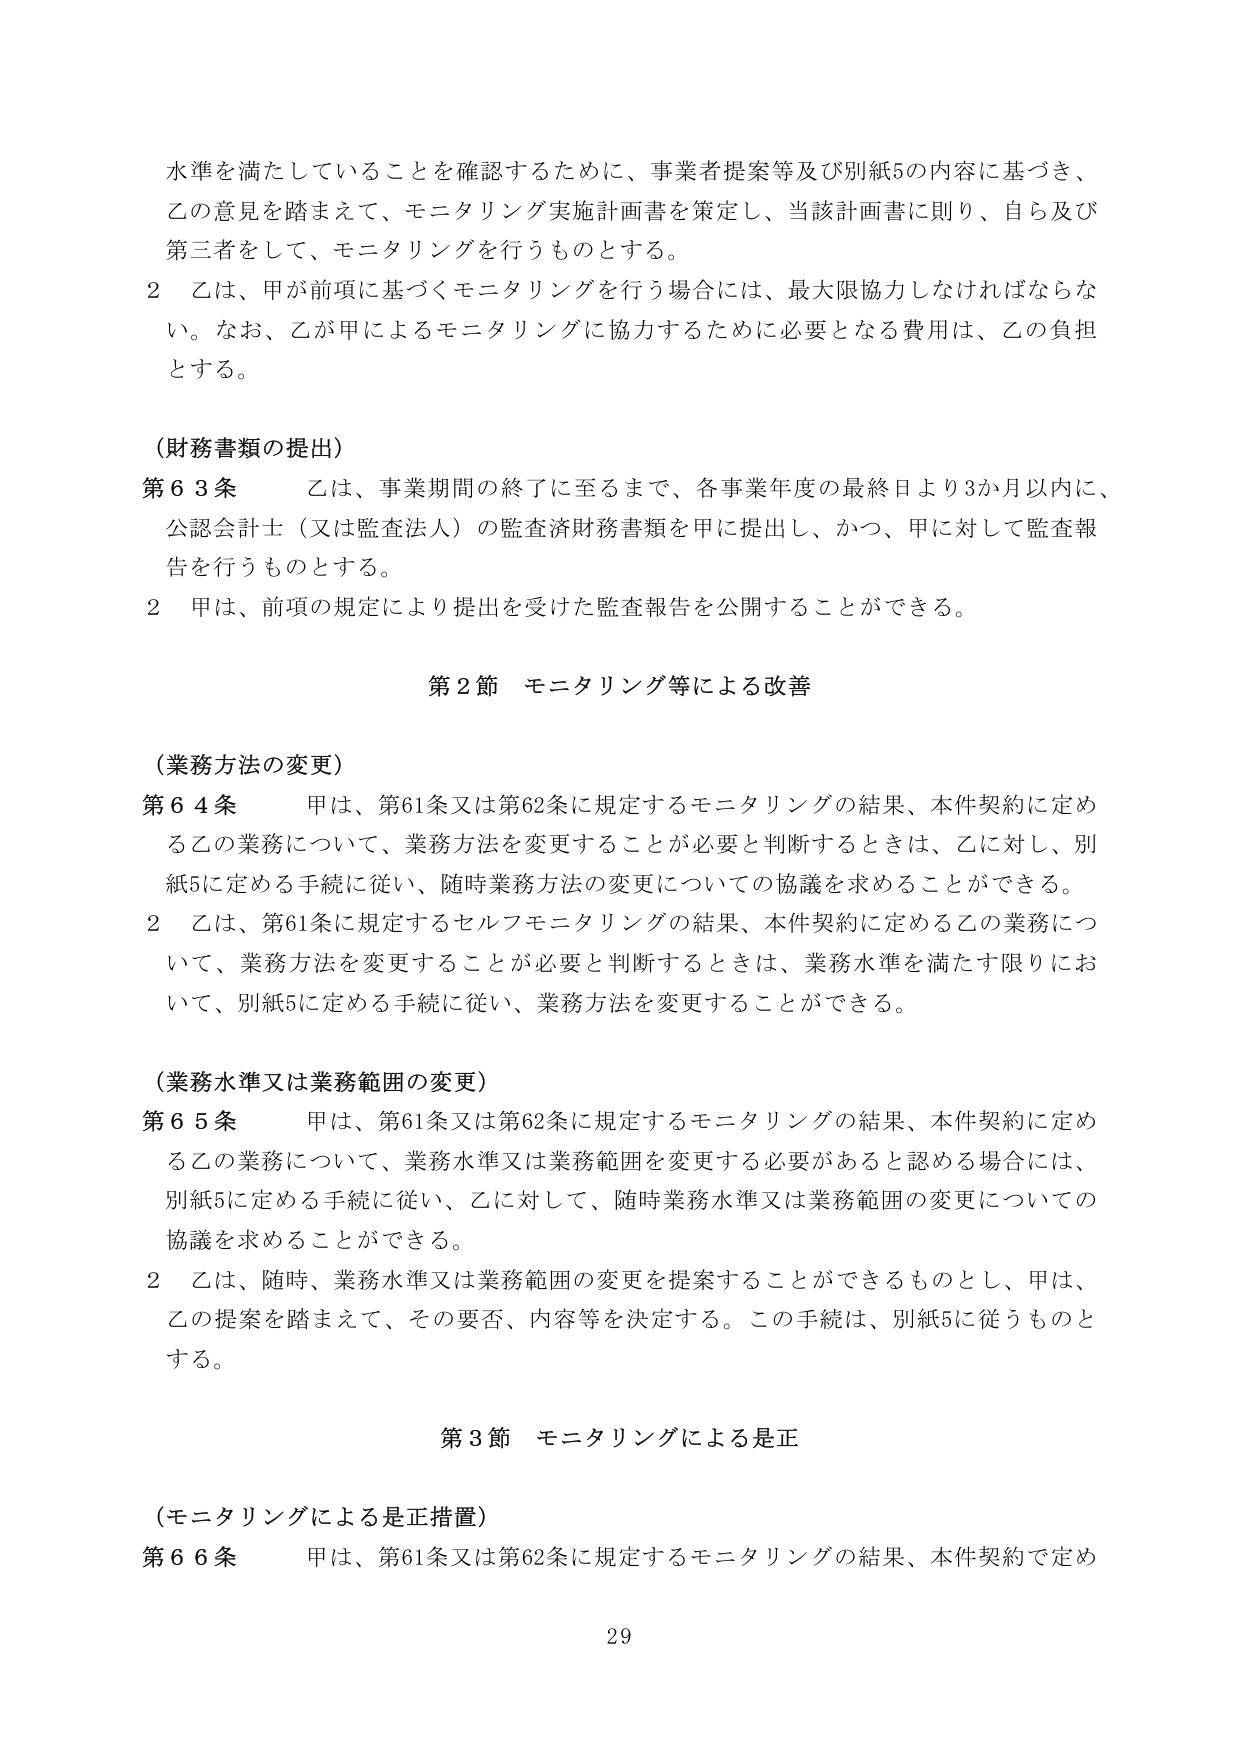
水準を満たしていることを確認するために、事業者提案等及び別紙5の内容に基づき、
乙の意見を踏まえて、モニタリング実施計画書を策定し、当該計画書に則り、自ら及び
第三者をして、モニタリングを行うものとする。

2 乙は、甲が前項に基づくモニタリングを行う場合には、最大限協力しなければならな
い。なお、乙が甲によるモニタリングに協力するために必要となる費用は、乙の負担
とする。

（財務書類の提出）
第63条 乙は、事業期間の終了に至るまで、各事業年度の最終日より3か月以内に、
公認会計士（又は監査法人）の監査済財務書類を甲に提出し、かつ、甲に対して監査報
告を行うものとする。

2 甲は、前項の規定により提出を受けた監査報告を公開することができる。

第2節 モニタリング等による改善

（業務方法の変更）
第64条 甲は、第61条又は第62条に規定するモニタリングの結果、本件契約に定め
る乙の業務について、業務方法を変更することが必要と判断するときは、乙に対し、別
紙5に定める手続に従い、随時業務方法の変更についての協議を求めることができる。

2 乙は、第61条に規定するセルフモニタリングの結果、本件契約に定める乙の業務につ
いて、業務方法を変更することが必要と判断するときは、業務水準を満たす限りにお
いて、別紙5に定める手続に従い、業務方法を変更することができる。

（業務水準又は業務範囲の変更）
第65条 甲は、第61条又は第62条に規定するモニタリングの結果、本件契約に定め
る乙の業務について、業務水準又は業務範囲を変更する必要があると認める場合には、
別紙5に定める手続に従い、乙に対して、随時業務水準又は業務範囲の変更についての
協議を求めることができる。

2 乙は、随時、業務水準又は業務範囲の変更を提案することができるものとし、甲は、
乙の提案を踏まえて、その要否、内容等を決定する。この手続は、別紙5に従うものと
する。

第3節 モニタリングによる是正

（モニタリングによる是正措置）
第66条 甲は、第61条又は第62条に規定するモニタリングの結果、本件契約で定め

29